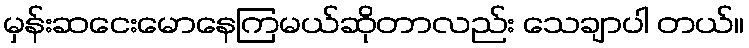
မှန်းဆငေးမောနေကြမယ်ဆိုတာလည်း သေချာပါ တယ်။